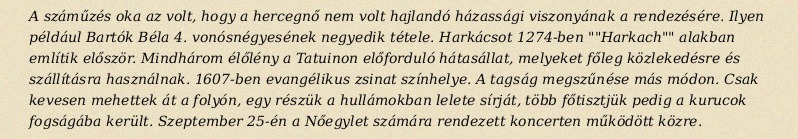
A száműzés oka az volt, hogy a hercegnő nem volt hajlandó házassági viszonyának a rendezésére. Ilyen például Bartók Béla 4. vonósnégyesének negyedik tétele. Harkácsot 1274-ben ""Harkach"" alakban említik először. Mindhárom élőlény a Tatuinon előforduló hátasállat, melyeket főleg közlekedésre és szállításra használnak. 1607-ben evangélikus zsinat színhelye. A tagság megszűnése más módon. Csak kevesen mehettek át a folyón, egy részük a hullámokban lelete sírját, több főtisztjük pedig a kurucok fogságába került. Szeptember 25-én a Nőegylet számára rendezett koncerten működött közre.